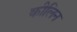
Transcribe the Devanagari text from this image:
कीलिन